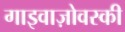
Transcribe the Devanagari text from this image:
गाइवाज़ोवस्की